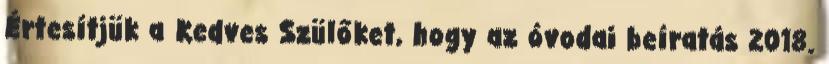
Értesítjük a Kedves Szülőket, hogy az óvodai beíratás 2018.